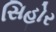
સિહોર